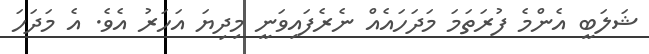
ޝަލަބީ އެންމެ ފުރަތަމަ މަދަހައެއް ނެރެފައިވަނީ މިދިޔަ އަހަރު އެވެ. އެ މަދަހަ